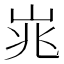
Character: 𪨱